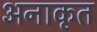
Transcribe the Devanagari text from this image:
अनाकृत